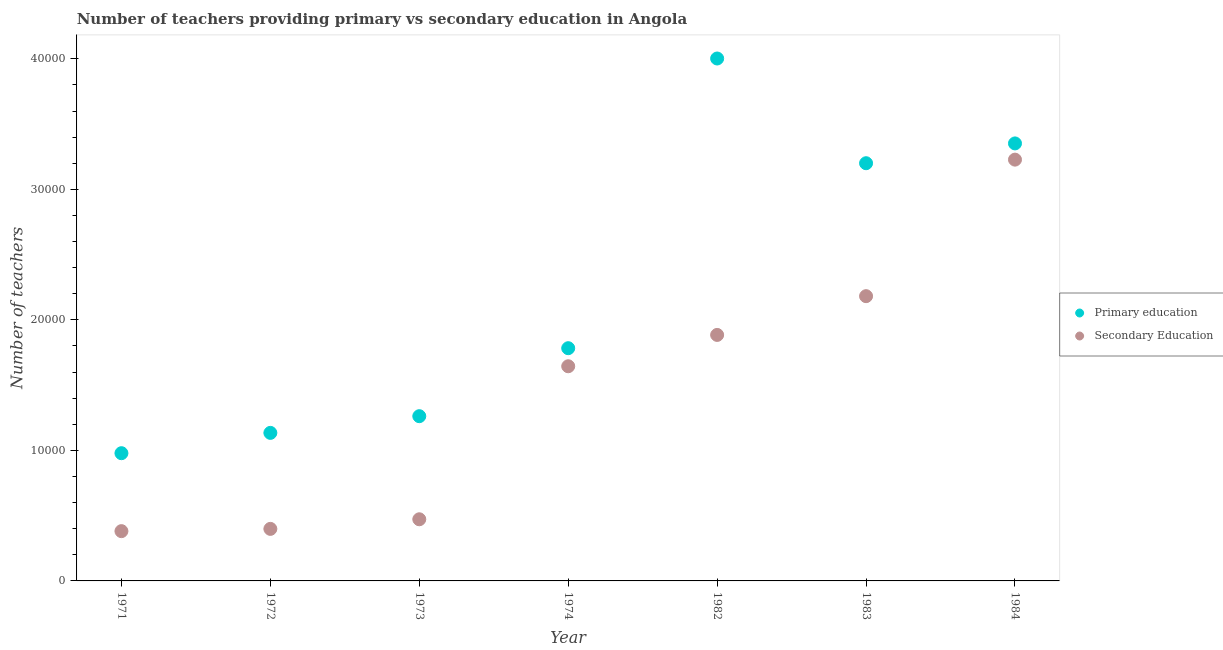
| Year | Primary education | Secondary Education |
 | --- | --- | --- |
 | 1971 | 9.79e+03 | 3.81e+03 |
 | 1972 | 1.13e+04 | 3.99e+03 |
 | 1973 | 1.26e+04 | 4.72e+03 |
 | 1974 | 1.78e+04 | 1.64e+04 |
 | 1982 | 4e+04 | 1.88e+04 |
 | 1983 | 3.2e+04 | 2.18e+04 |
 | 1984 | 3.35e+04 | 3.23e+04 |